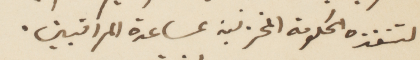
لتفذه الحكومة %% بمساعدة المراقبين